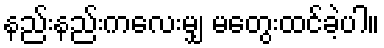
နည်းနည်းကလေးမျှ မတွေးထင်ခဲ့ပါ။